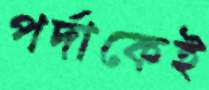
পর্দাকেই